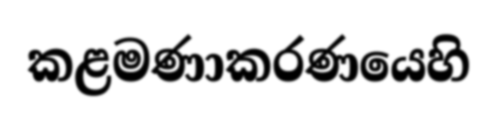
කළමණාකරණයෙහි